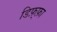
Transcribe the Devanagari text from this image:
डिफ़्फ़ा